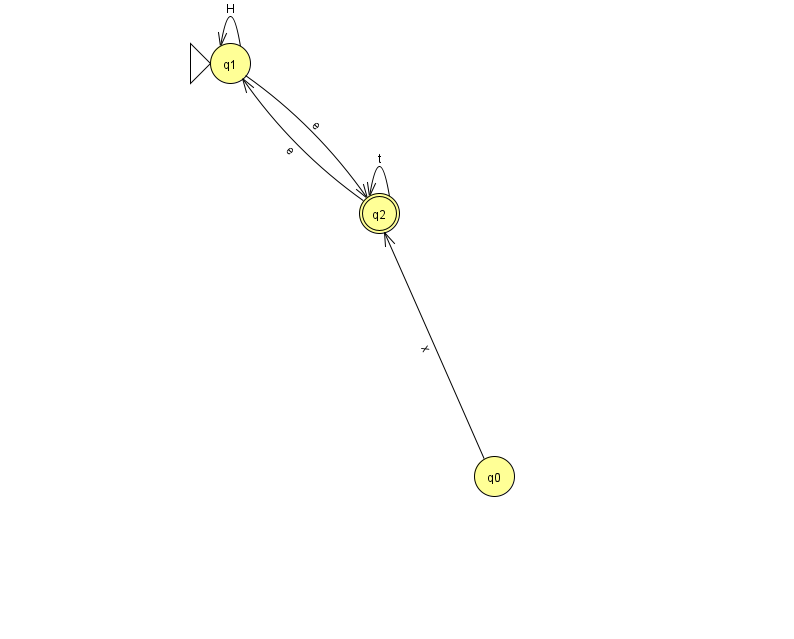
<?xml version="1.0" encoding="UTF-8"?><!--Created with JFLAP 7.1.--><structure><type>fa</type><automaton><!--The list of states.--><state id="0" name="q0"><x>494.0</x><y>463.0</y></state><state id="1" name="q1"><x>230.0</x><y>50.0</y><initial/></state><state id="2" name="q2"><x>379.0</x><y>200.0</y><final/></state><!--The list of transitions.--><transition><from>1</from><to>2</to><read>e</read></transition><transition><from>2</from><to>1</to><read>e</read></transition><transition><from>0</from><to>2</to><read>x</read></transition><transition><from>2</from><to>2</to><read>t</read></transition><transition><from>1</from><to>1</to><read>H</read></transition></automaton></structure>